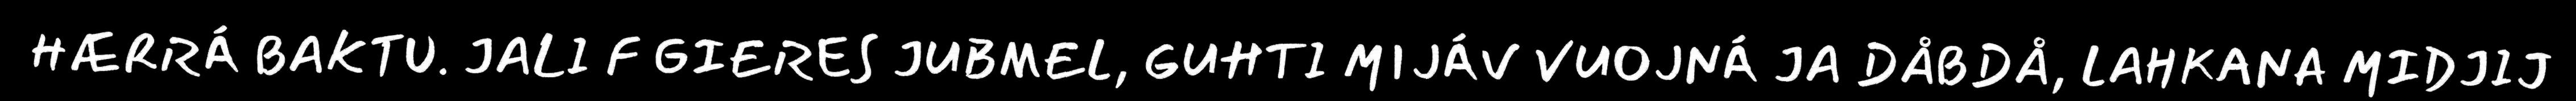
HÆRRÁ BAKTU. JALI F GIERES JUBMEL, GUHTI MIJÁV VUOJNÁ JA DÅBDÅ, LAHKANA MIDJIJ